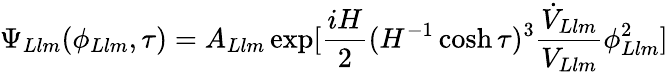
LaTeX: \Psi_{Llm}(\phi_{Llm},\tau)=A_{Llm}\exp[\frac{iH}{2}(H^{-1}\cosh\tau)^{3}\frac{\dot{V}_{Llm}}{V_{Llm}}\phi_{Llm}^{2}]